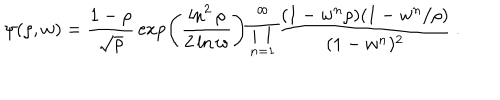
LaTeX: \psi ( \rho , w ) = { \frac { 1 - \rho } { \sqrt \rho } } \exp \left( { \frac { \ln ^ { 2 } \rho } { 2 \ln w } } \right) \prod _ { n = 1 } ^ { \infty } { \frac { ( 1 - w ^ { n } \rho ) ( 1 - w ^ { n } / \rho ) } { ( 1 - w ^ { n } ) ^ { 2 } } } \, .